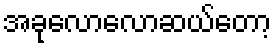
အခုလောလောဆယ်တော့